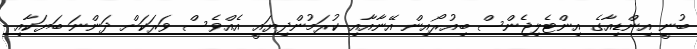
ބުނީ އިންޑިއާގެ އިންޓެލިޖެންސް ބިއުރޯއިން އޭނާއާއި ކުރަމުންދިޔައީ އެއްވެސް ވަރަކަށް ދަންނަ ބަޔަކާއި